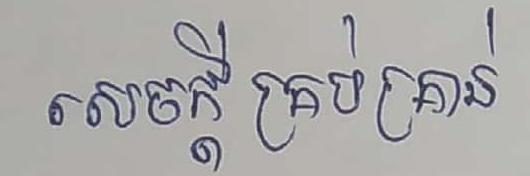
សេចក្ដីគ្រប់គ្រាន់